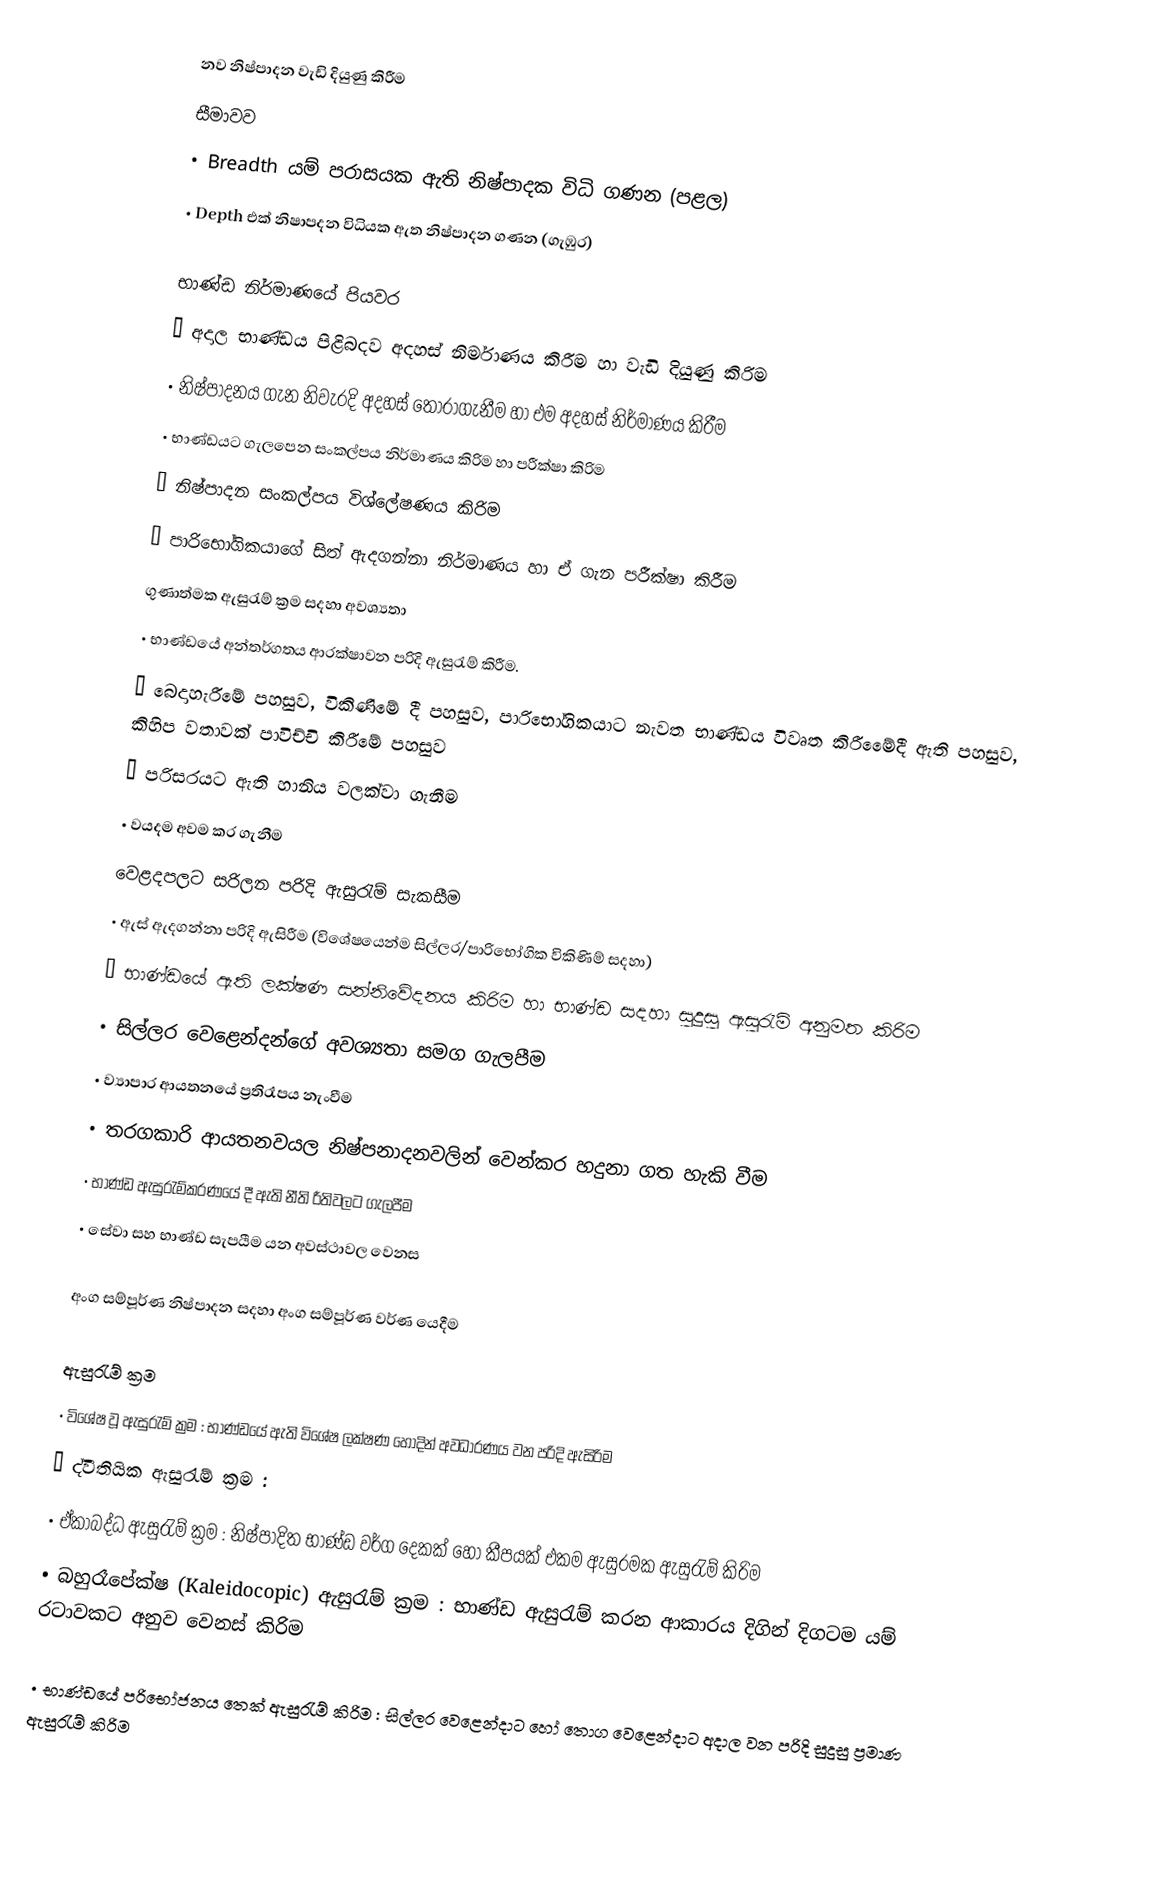
නව නිෂ්පාදන වැඩි දියුණු කිරීම
සීමාවව
•	Breadth		යම් පරාසයක ඇති නිෂ්පාදක විධි ගණන (පළල)
•	Depth		එක් නිෂාපදන විධියක ඇත නිෂ්පාදන ගණන (ගැඹුර)

භාණ්ඩ නිර්මාණයේ පියවර
•	අදාල භාණ්ඩය පිළිබදව අදහස් නිර්මාණය කිරීම හා වැඩි දියුණු කිරිම
•	නිෂ්පාදනය ගැන නිවැරදි අදහස් තෝරාගැනීම හා එම අදහස් නිර්මාණය කිරීම
•	භාණ්ඩයට ගැලපෙන  සංකල්පය නිර්මාණය කිරිම හා පරීක්ෂා කිරිම
•	නිෂ්පාදන සංකල්පය විශ්ලේෂණය කිරිම
•	පාරි‍භෝගිකයාගේ සිත් ඇදගන්නා නිර්මාණය හා ඒ ගැන පරීක්ෂා කිරීම
ගුණාත්මක ඇසුරැම් ක්‍රම සදහා අවශ්‍යතා
•	භාණ්ඩයේ අන්තර්ගතය ආරක්ෂාවන පරිදි ඇසුරැම් කිරීම.
•	බෙදාහැරීමේ පහසුව, විකිණිමේ දී පහසුව, පාරිභෝගිකයාට නැවත භාණ්ඩය විවෘත කිරීමෙේදී ඇති පහසුව, කිහිප වතාවක් පාවිච්චි කිරීමේ පහසුව
•	පරිසරයට ඇති හානිය වලක්වා ගැනීම
•	වයදම අවම කර ගැනීම
වෙළදපලට සරිලන පරිදි  ඇසුරැම් සැකසීම
•	ඇස් ඇදගන්නා පරිදි  ඇසිරීම (විශේෂයෙන්ම සිල්ලර/පාරි‍භෝගික විකිණිම් සදහා)
•	භාණ්ඩයේ  ඇති ලක්ෂණ සන්නිවේදනය කිරිම හා භාණ්ඩ සදහා සුදුසු ඇසුරැම් අනුමත කිරිම
•	සිල්ලර වෙළෙන්දන්ගේ අවශ්‍යතා සමග ගැලපීම
•	ව්‍යාපාර ආයතනයේ ප්‍රතිරෑපය නැංවීම
•	තරගකාරි ආයතනවයල නිෂ්පනාදනවලින් වෙන්කර හදුනා ගත හැකි වීම
•	භාණ්ඩ ඇසුරැම්කරණයේ දී ඇති නීති රීතිවලට ගැලපීම
•	සේවා සහ ‍භාණ්ඩ සැපයීම යන අවස්ථාවල වෙනස

අංග සම්පූර්ණ නිෂ්පාදන සදහා අංග සම්පූර්ණ වර්ණ යෙදීම

ඇසුරැම් ක්‍රම
•	විශේෂ වූ ඇසුරැම් ක්‍රම : භාණ්ඩයේ ඇති විශේෂ ලක්ෂණ හොදින් අවධාරණය වන පරිදි ඇසිරිම
•	ද්වීතියික ඇසුරැම් ක්‍රම	:
•	ඒකාබද්ධ ඇසුරැම් ක්‍රම	:	නිෂ්පාදිත භාණ්ඩ වර්ග දෙකක් හෝ කීපයක් එකම ඇසුරමක ඇසුරැම් කිරිම
•	බහුරෑපේක්ෂ (Kaleidocopic) ඇසුරැම් ක්‍රම	:	භාණ්ඩ ඇසුරැම් කරන ආකාරය දිගින් දිගටම යම් රටාවකට අනුව වෙනස් කිරිම

•	භාණ්ඩයේ පරිභෝජනය තෙක් ඇසුරැම් කිරිම	:	සිල්ලර වෙළෙන්දාට හෝ තොග වෙළෙන්දාට අදාල වන පරිදි සුදුසු ප්‍රමාණ ඇසුරැම් කිරිම